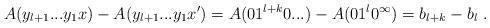
LaTeX: \begin{align*}A(y_{l+1}...y_1x) - A(y_{l+1}...y_1x') = A(01^{l+k}0...) - A(01^l0^\infty) = b_{l+k} - b_l \ .\end{align*}